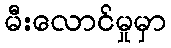
မီးလောင်မှုမှာ